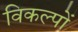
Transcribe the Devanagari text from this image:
विकल्‍पों